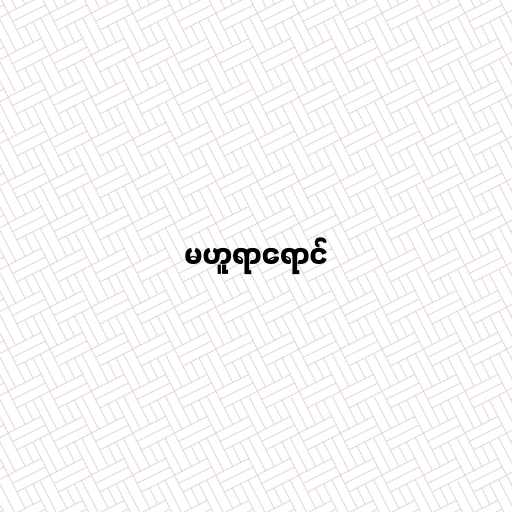
မဟူရာရောင်